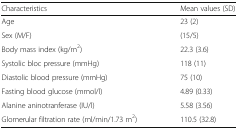
| Characteristics | Mean values (SD) |
 | --- | --- |
 | Age | 23 (2) |
 | Sex (M/F) | (15/5) |
 | Body mass index (kg/m2) | 22.3 (3.6) |
 | Systolic bloc pressure (mmHg) | 118 (11) |
 | Diastolic blood pressure (mmHg) | 75 (10) |
 | Fasting blood glucose (mmol/l) | 4.89 (0.33) |
 | Alanine aninotranferase (IU/l) | 5.58 (3.56) |
 | Glomerular filtration rate (ml/min/1.73 m2) | 110.5 (32.8) |